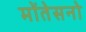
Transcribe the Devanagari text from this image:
मोंतेसनो